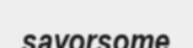
savorsome